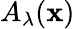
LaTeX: A_{\lambda}(\mathbf{x})